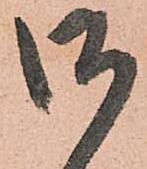
御